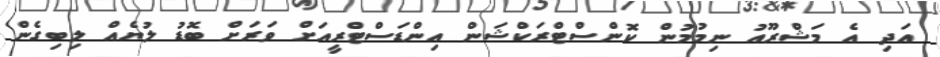
އަދި އެ މަޝްރޫއު ނިމުމުން ކޮންސްޓްރަކްޝަން އިންޑަސްޓްރީއަށް ވަރަށް ބޮޑު ލުޔެއް ލިބިގެން